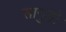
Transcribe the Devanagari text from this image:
सानुड़ो